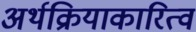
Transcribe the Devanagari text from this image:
अर्थक्रियाकारित्वं